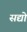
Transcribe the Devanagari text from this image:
सद्यो